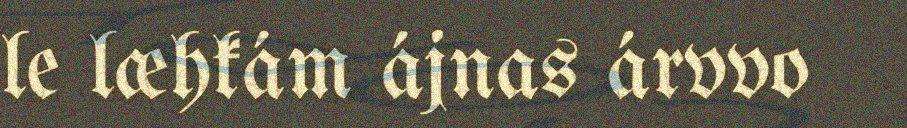
le læhkám ájnas árvvo